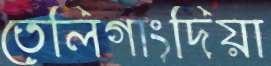
তেলিগাংদিয়া